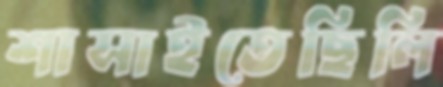
শাসাইতেছিলি